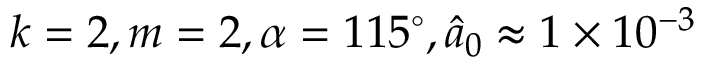
k = 2 , m = 2 , \alpha = 1 1 5 ^ { \circ } , \hat { a } _ { 0 } \approx 1 \times 1 0 ^ { - 3 }